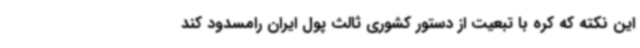
این نکته که کره با تبعیت از دستور کشوری ثالث پول ایران رامسدود کند